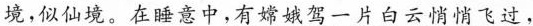
境，似仙境。在睡意中，有嫦娥驾一片白云悄悄飞过，